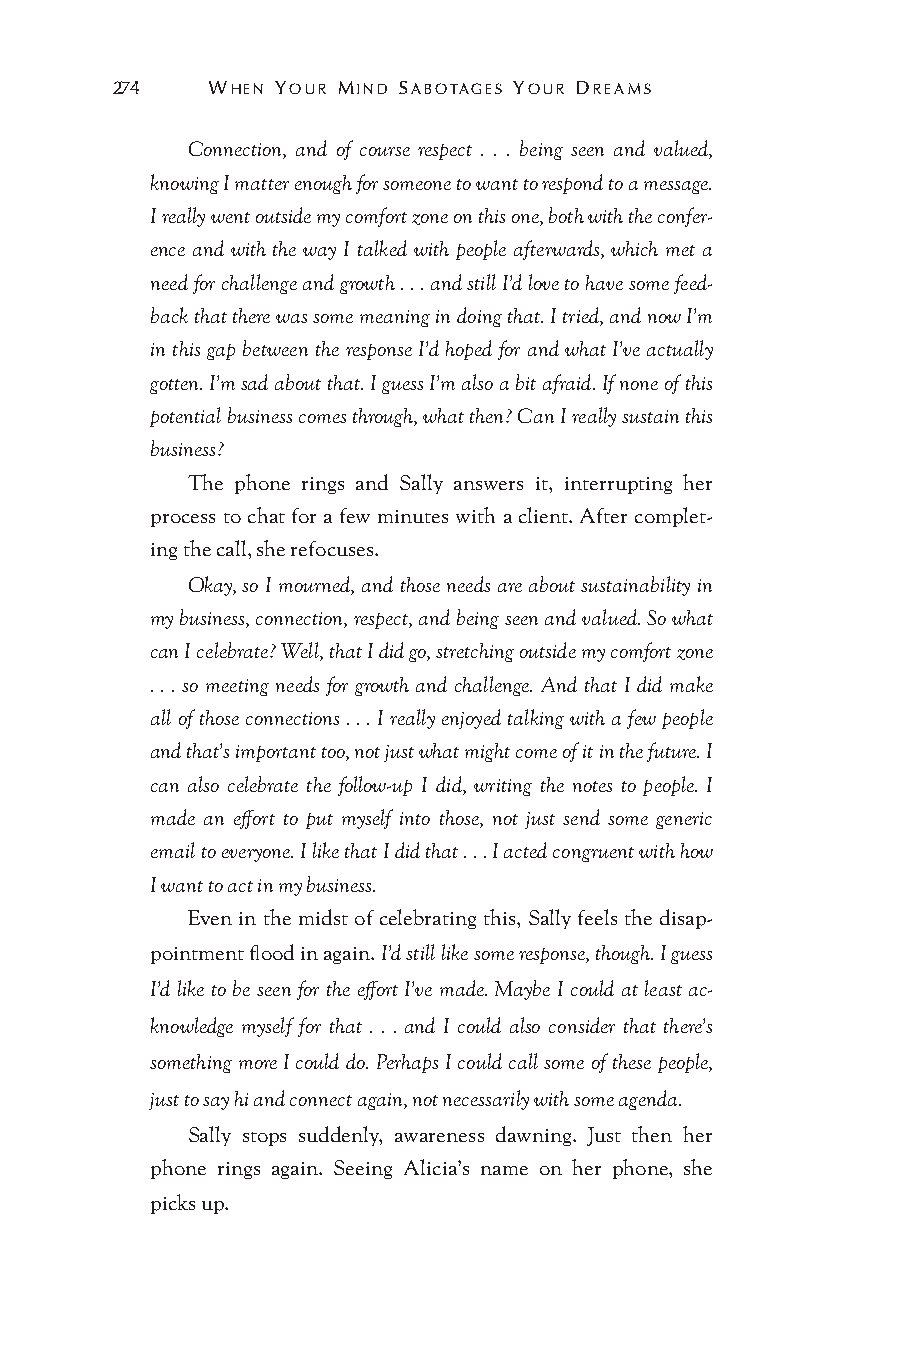
274    WHEN YOUR MIND SABOTAGES YOUR DREAMS
 Connection, and of course respect . . . being seen and valued,
 knowing I matter enough for someone to want to respond to a message.
 I really went outside my comfort zone on this one, both with the confer-
 ence and with the way I talked with people afterwards, which met a
 need for challenge and growth . . . and still I’d love to have some feed-
 back that there was some meaning in doing that. I tried, and now I’m
 in this gap between the response I’d hoped for and what I’ve actually
 gotten. I’m sad about that. I guess I’m also a bit afraid. If none of this
 potential business comes through, what then? Can I really sustain this
 business?
 The phone rings and Sally answers it, interrupting her
 process to chat for a few minutes with a client. After complet-
 ing the call, she refocuses.
 Okay, so I mourned, and those needs are about sustainability in
 my business, connection, respect, and being seen and valued. So what
 can I celebrate? Well, that I did go, stretching outside my comfort zone
 . . . so meeting needs for growth and challenge. And that I did make
 all of those connections . . . I really enjoyed talking with a few people
 and that’s important too, not just what might come of it in the future. I
 can also celebrate the follow-up I did, writing the notes to people. I
 made an effort to put myself into those, not just send some generic
 email to everyone. I like that I did that . . . I acted congruent with how
 I want to act in my business.
 Even in the midst of celebrating this, Sally feels the disap-
 pointment flood in again. I’d still like some response, though. I guess
 I’d like to be seen for the effort I’ve made. Maybe I could at least ac-
 knowledge myself for that . . . and I could also consider that there’s
 something more I could do. Perhaps I could call some of these people,
 just to say hi and connect again, not necessarily with some agenda.
 Sally stops suddenly, awareness dawning. Just then her
 phone rings again. Seeing Alicia’s name on her phone, she
 picks up.